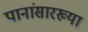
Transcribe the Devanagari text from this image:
पानांसारख्या